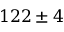
1 2 2 \pm 4